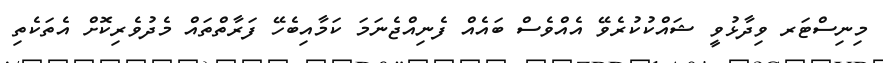
މިނިސްޓަރ ވިދާޅުވީ ޝައްކުކުރެވޭ އެއްވެސް ބައެއް ފެނިއްޖެނަމަ ކަމާއިބެހޭ ފަރާތްތައް މެދުވެރިކޮށް އެތަކެތި